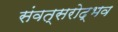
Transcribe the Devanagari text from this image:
संवत्सरोद्भव